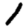
Digit: 1